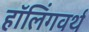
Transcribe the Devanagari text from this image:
हॉलिंगवर्थ